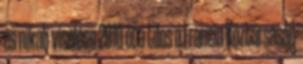
és nikab viselése 2010 óta tilos a Francia Köztársaság